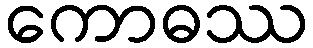
ကောဓဿ